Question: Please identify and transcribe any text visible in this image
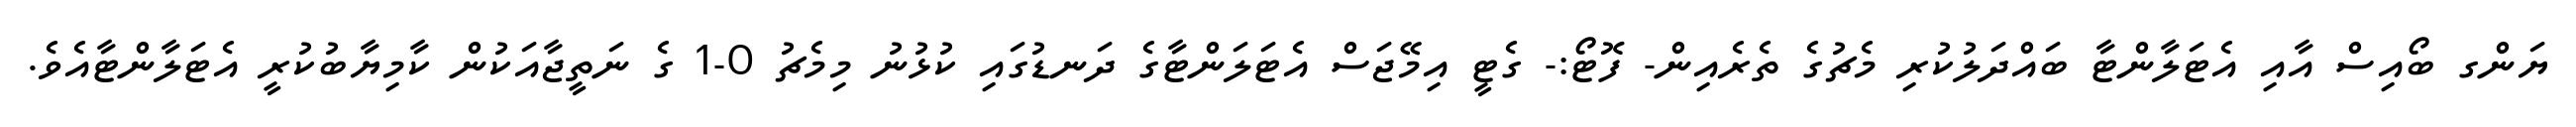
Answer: ޔަންގ ބޯއިސް އާއި އެޓަލާންޓާ ބައްދަލުކުރި މެޗުގެ ތެރެއިން- ފޮޓޯ:- ގެޓީ އިމޭޖަސް އެޓަލަންޓާގެ ދަނޑުގައި ކުޅުނު މިމެޗު 0-1 ގެ ނަތީޖާއަކުން ކާމިޔާބުކުރީ އެޓަލާންޓާއެވެ.